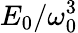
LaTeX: E_{0}/\omega_{0}^{3}